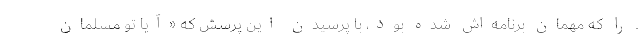
ـ را که مهمان برنامه‌اش شده بود، با پرسیدن این پرسش که «آیا تو مسلمان